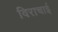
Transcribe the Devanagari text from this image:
विराचाई